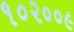
૧૦૨૦૦૯